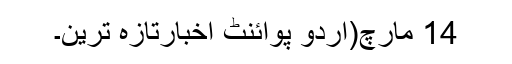
14 مارچ(اُردو پوائنٹ اخبارتازہ ترین۔